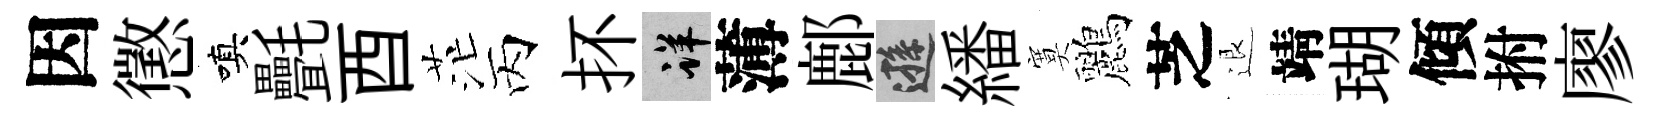
因懲嗔㲲酉茫丙抔详薄鄜遜繙寞鸝芝退靖瑚傾拊廖